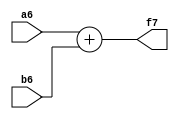
`timescale 1ns / 1ps
//////////////////////////////////////////////////////////////////////////////////
// Company: 
// Engineer: 
// 
// Design Name: 
// Module Name:    ADD_6Bit 
// Project Name: 
// Target Devices: 
// Tool versions: 
// Description: 
//
// Dependencies: 
//
// Revision: 
// Revision 0.01 - File Created
// Additional Comments: 
//
//////////////////////////////////////////////////////////////////////////////////
module ADD_6Bit(a6,b6,f7);
	input [5:0] a6;
	input [5:0] b6;
	output [6:0] f7;
	assign f7=a6 + b6;
endmodule